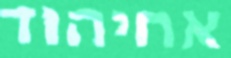
אחיהוד